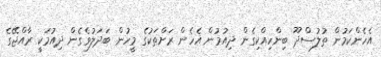
އެހެންކަމުން ތުލުސްދޫ ބިންހިއްކިގެން ދިއުމުން އެހެން ރަށްތަކުގެ މީހުން ބަދަލުވެގެން ދިއުމަކީ ރާއްޖޭގެ